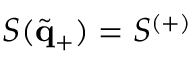
S ( \tilde { \mathbf { q } } _ { + } ) = S ^ { ( + ) }